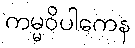
ကမ္မဝိပါကေန